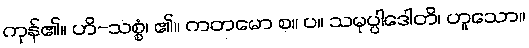
ကုန်၏။ ဟိ-သစ္စံ၊ ၏။ ကတမော စ။ ပ။ သမုပ္ပါဒေါတိ၊ ဟူသော။